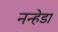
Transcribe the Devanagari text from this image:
नन्हेडा